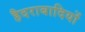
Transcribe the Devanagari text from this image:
हैदराबादियों